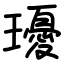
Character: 瓇